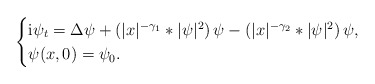
\begin{align*}\begin{cases}\textnormal{i} \psi_t =\Delta \psi +\left(|x|^{-\gamma_1} \ast |\psi|^2\right) \psi - \left(|x|^{-\gamma_2} \ast |\psi|^2\right) \psi,\\\psi(x,0)=\psi_0.\end{cases}\end{align*}